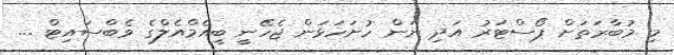
މި މުބާރަތަށް ޕޯސްޓަރު އަދި ނަން ހުށަހަޅަން ޖެހޭނީ ބީއެމްއެލްގެ ވެބްސައިޓް ...